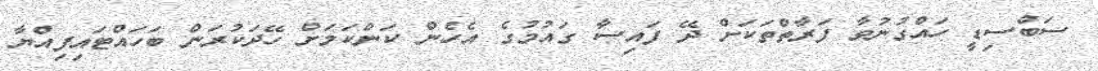
ސަބްސިޑީ ހައްގުނުވާ ފަރާތްތަކަށް ދޭ ފައިސާ ގައުމުގެ އެހެން ކަންކަމަށް ހޭދަކުރަން ބަހައްޓައިފިއްޔާ